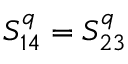
S _ { 1 4 } ^ { q } = S _ { 2 3 } ^ { q }